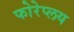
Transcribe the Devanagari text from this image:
फोरेप्लय